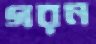
গরন